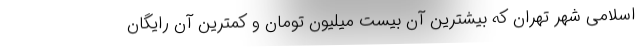
اسلامی شهر تهران که بیشترین آن بیست میلیون تومان و کمترین آن رایگان